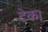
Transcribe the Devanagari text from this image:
टेक।